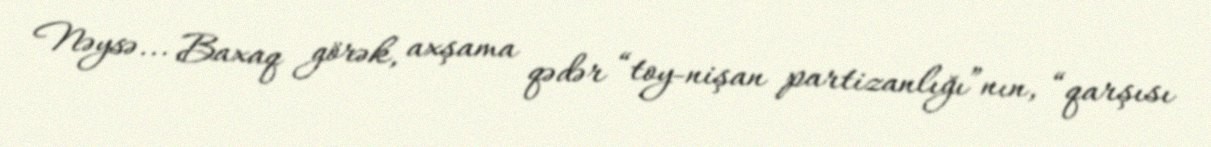
Nəysə... Baxaq görək, axşama qədər “toy-nişan partizanlığı”nın, “qarşısı